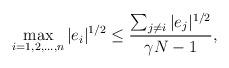
LaTeX: \begin{align*}\max_{i=1,2,...,n}|e_i|^{1/2}\leq\frac{\sum_{j\neq i}|e_j|^{1/2}}{\gamma N-1},\end{align*}